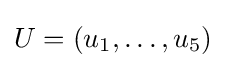
U=(u_{1},\dots ,u_{5})